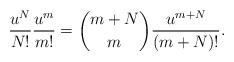
LaTeX: \begin{align*}\frac{u^{N}}{N!}\frac{u^{m}}{m!} &= \binom{m+N}{m}\frac{u^{m+N}}{(m+N)!}.\end{align*}